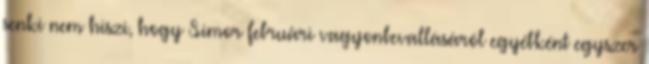
senki nem hiszi, hogy Simor februári vagyonbevallásáról egyébként egyszer